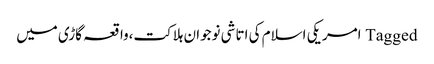
Tagged امریکی اسلام کی اتاشی نوجوان ہلاکت،واقعہ گاڑی میں